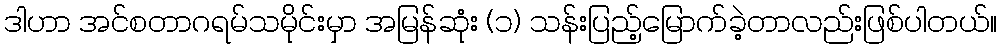
ဒါဟာ အင်စတာဂရမ်သမိုင်းမှာ အမြန်ဆုံး (၁) သန်းပြည့်မြောက်ခဲ့တာလည်းဖြစ်ပါတယ်။